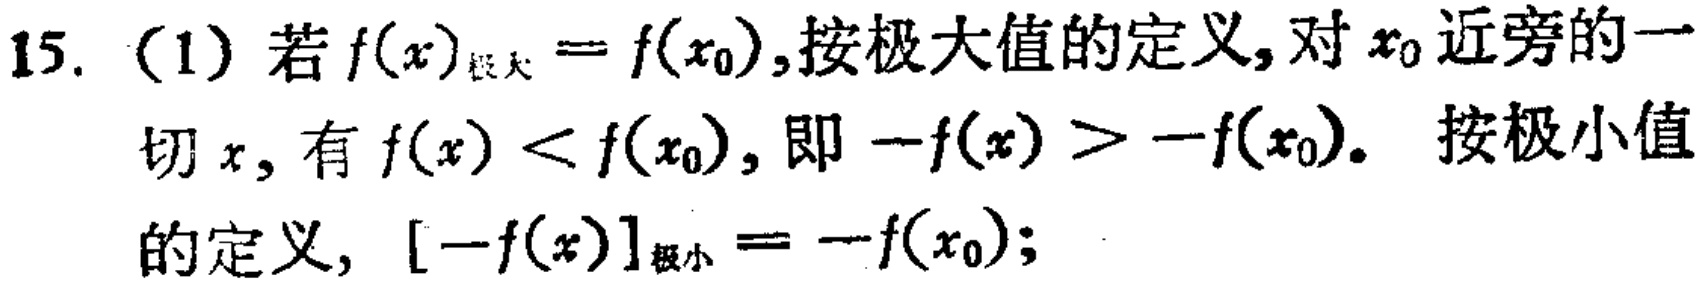
15. (1) 若\(f(x)_{极大}=f(x_{0})\),按极大值的定义,对\(x_{0}\)近旁的一切\(x\), 有\(f(x)<f(x_{0})\), 即\(-f(x)>-f(x_{0})\). 按极小值的定义, \([-f(x)]_{极小}=-f(x_{0})\);